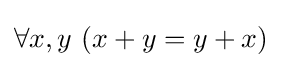
\forall x,y\ (x+y=y+x)